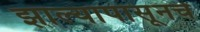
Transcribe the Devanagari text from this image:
झाल्यापासूनचे